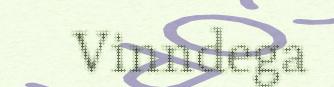
Vinndega